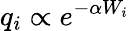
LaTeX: q_{i}\propto e^{-\alpha W_{i}}